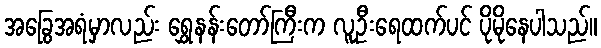
အခြွေအရံမှာလည်း ရွှေနန်းတော်ကြီးက လူဦးရေထက်ပင် ပိုမိုနေပါသည်။